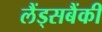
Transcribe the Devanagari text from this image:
लैंड्सबैंकी